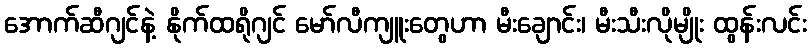
အောက်ဆီဂျင်နဲ့ နိုက်ထရိုဂျင် မော်လီကျူးတွေဟာ မီးချောင်း၊ မီးသီးလိုမျိုး ထွန်းလင်း